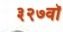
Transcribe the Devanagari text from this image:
३२७वॉ